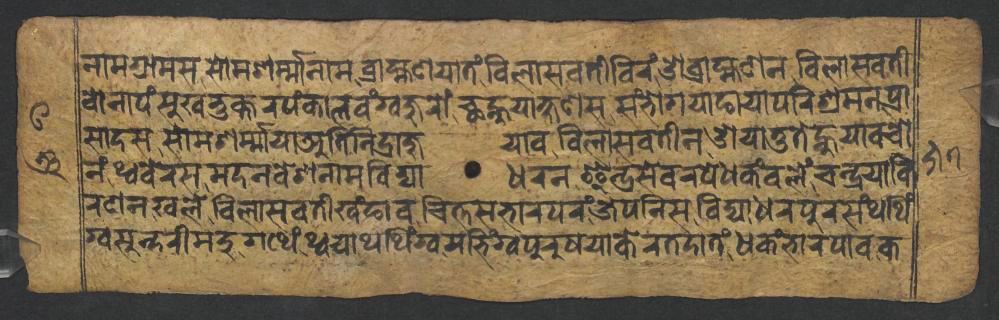
𑐣𑐵𑐩𑐐𑑂𑐬𑐵𑐩𑐳𑐳𑑀𑐩𑐱𑐬𑑂𑐩𑑂𑐩𑐵𑐣𑐵𑐩𑐧𑑂𑐬𑐵𑐴𑑂𑐩𑐞𑐫𑐵𑐟𑑄𑐰𑐶𑐮𑐵𑐳𑐰𑐟𑐷𑐧𑐶𑐬𑑄𑐌𑐧𑑂𑐬𑐵𑐴𑑂𑐩𑐞𑐣𑐰𑐶𑐮𑐵𑐳𑐰𑐟𑐷 𑐰𑑀𑐣𑐵𑐥𑑄𑐳𑐸𑐏𑐨𑐸𑐎𑑂𑐟𑐬𑐥𑑄𑐎𑐵𑐮𑐰𑑄𑐐𑑂𑐰𑐖𑐸𑐬𑑀𑑄𑐕𑐣𑑂𑐴𑐸𑐫𑐵𑐎𑑂𑐲𑐞𑐳𑐳𑑄𑐨𑑀𑐐𑐫𑐵𑐒𑐵𑐫𑐵𑐥𑐬𑐶𑐱𑑂𑐬𑐩𑐣𑐥𑑂𑐬𑐵 𑐳𑐵𑐡𑐳𑐳𑑀𑐩𑐱𑐬𑑂𑐩𑑂𑐩𑐵𑐫𑐵𑐀𑐟𑐶𑐣𑐶𑐡𑑂𑐬𑐵𑐖𑐸𑐫𑐵𑐰𑐰𑐶𑐮𑐵𑐳𑐰𑐟𑐷𑐣𑐌𑐫𑐵𑐟𑐸𑐟𑐾𑐣𑑂𑐴𑐸𑐫𑐵𑐰𑐔𑑀 𑐣𑑄𑐠𑑂𑐰𑐧𑐾𑐬𑐳𑐩𑐡𑐣𑐰𑐾𑐱𑐣𑐵𑐩𑐰𑐶𑐡𑑂𑐫𑐵𑐢𑐬𑐣𑐿𑐣𑑂𑐡𑑂𑐬𑐳𑐾𑐰𑐬𑐥𑑄𑐢𑐎𑑄𑐔𑐣𑑂𑐡𑑂𑐬𑐫𑐵𑐎𑐶 𑐬𑐞𑐣𑐏𑐮𑐾𑐰𑐶𑐮𑐵𑐳𑐰𑐟𑐷𑐏𑑄𑐒𑐵𑐰𑐔𑐶𑐟𑑂𑐟𑐳𑐨𑐵𑐬𑐥𑐬𑑄𑐖𑐾𑐥𑐣𑐶𑐳𑐰𑐶𑐡𑑂𑐫𑐵𑐢𑐬𑐥𑐸𑐬𑐳𑑄𑐠𑐠𑐶𑑄 𑐐𑑂𑐰𑐳𑐸𑐣𑑂𑐡𑐬𑐷𑐩𑐡𑐸𑐐𑐠𑐾𑑄𑐠𑑂𑐰𑐫𑐵𑐠𑐠𑐶𑑄𑐐𑑂𑐰𑐩𑐨𑐶𑑄𑐐𑑂𑐰𑐥𑐸𑐬𑐸𑐲𑐫𑐵𑐎𑐾𑐬𑐟𑐡𑐵𑐟𑑄𑐢𑐎𑑄𑐨𑐵𑐬𑐥𑐵𑐰𑐎